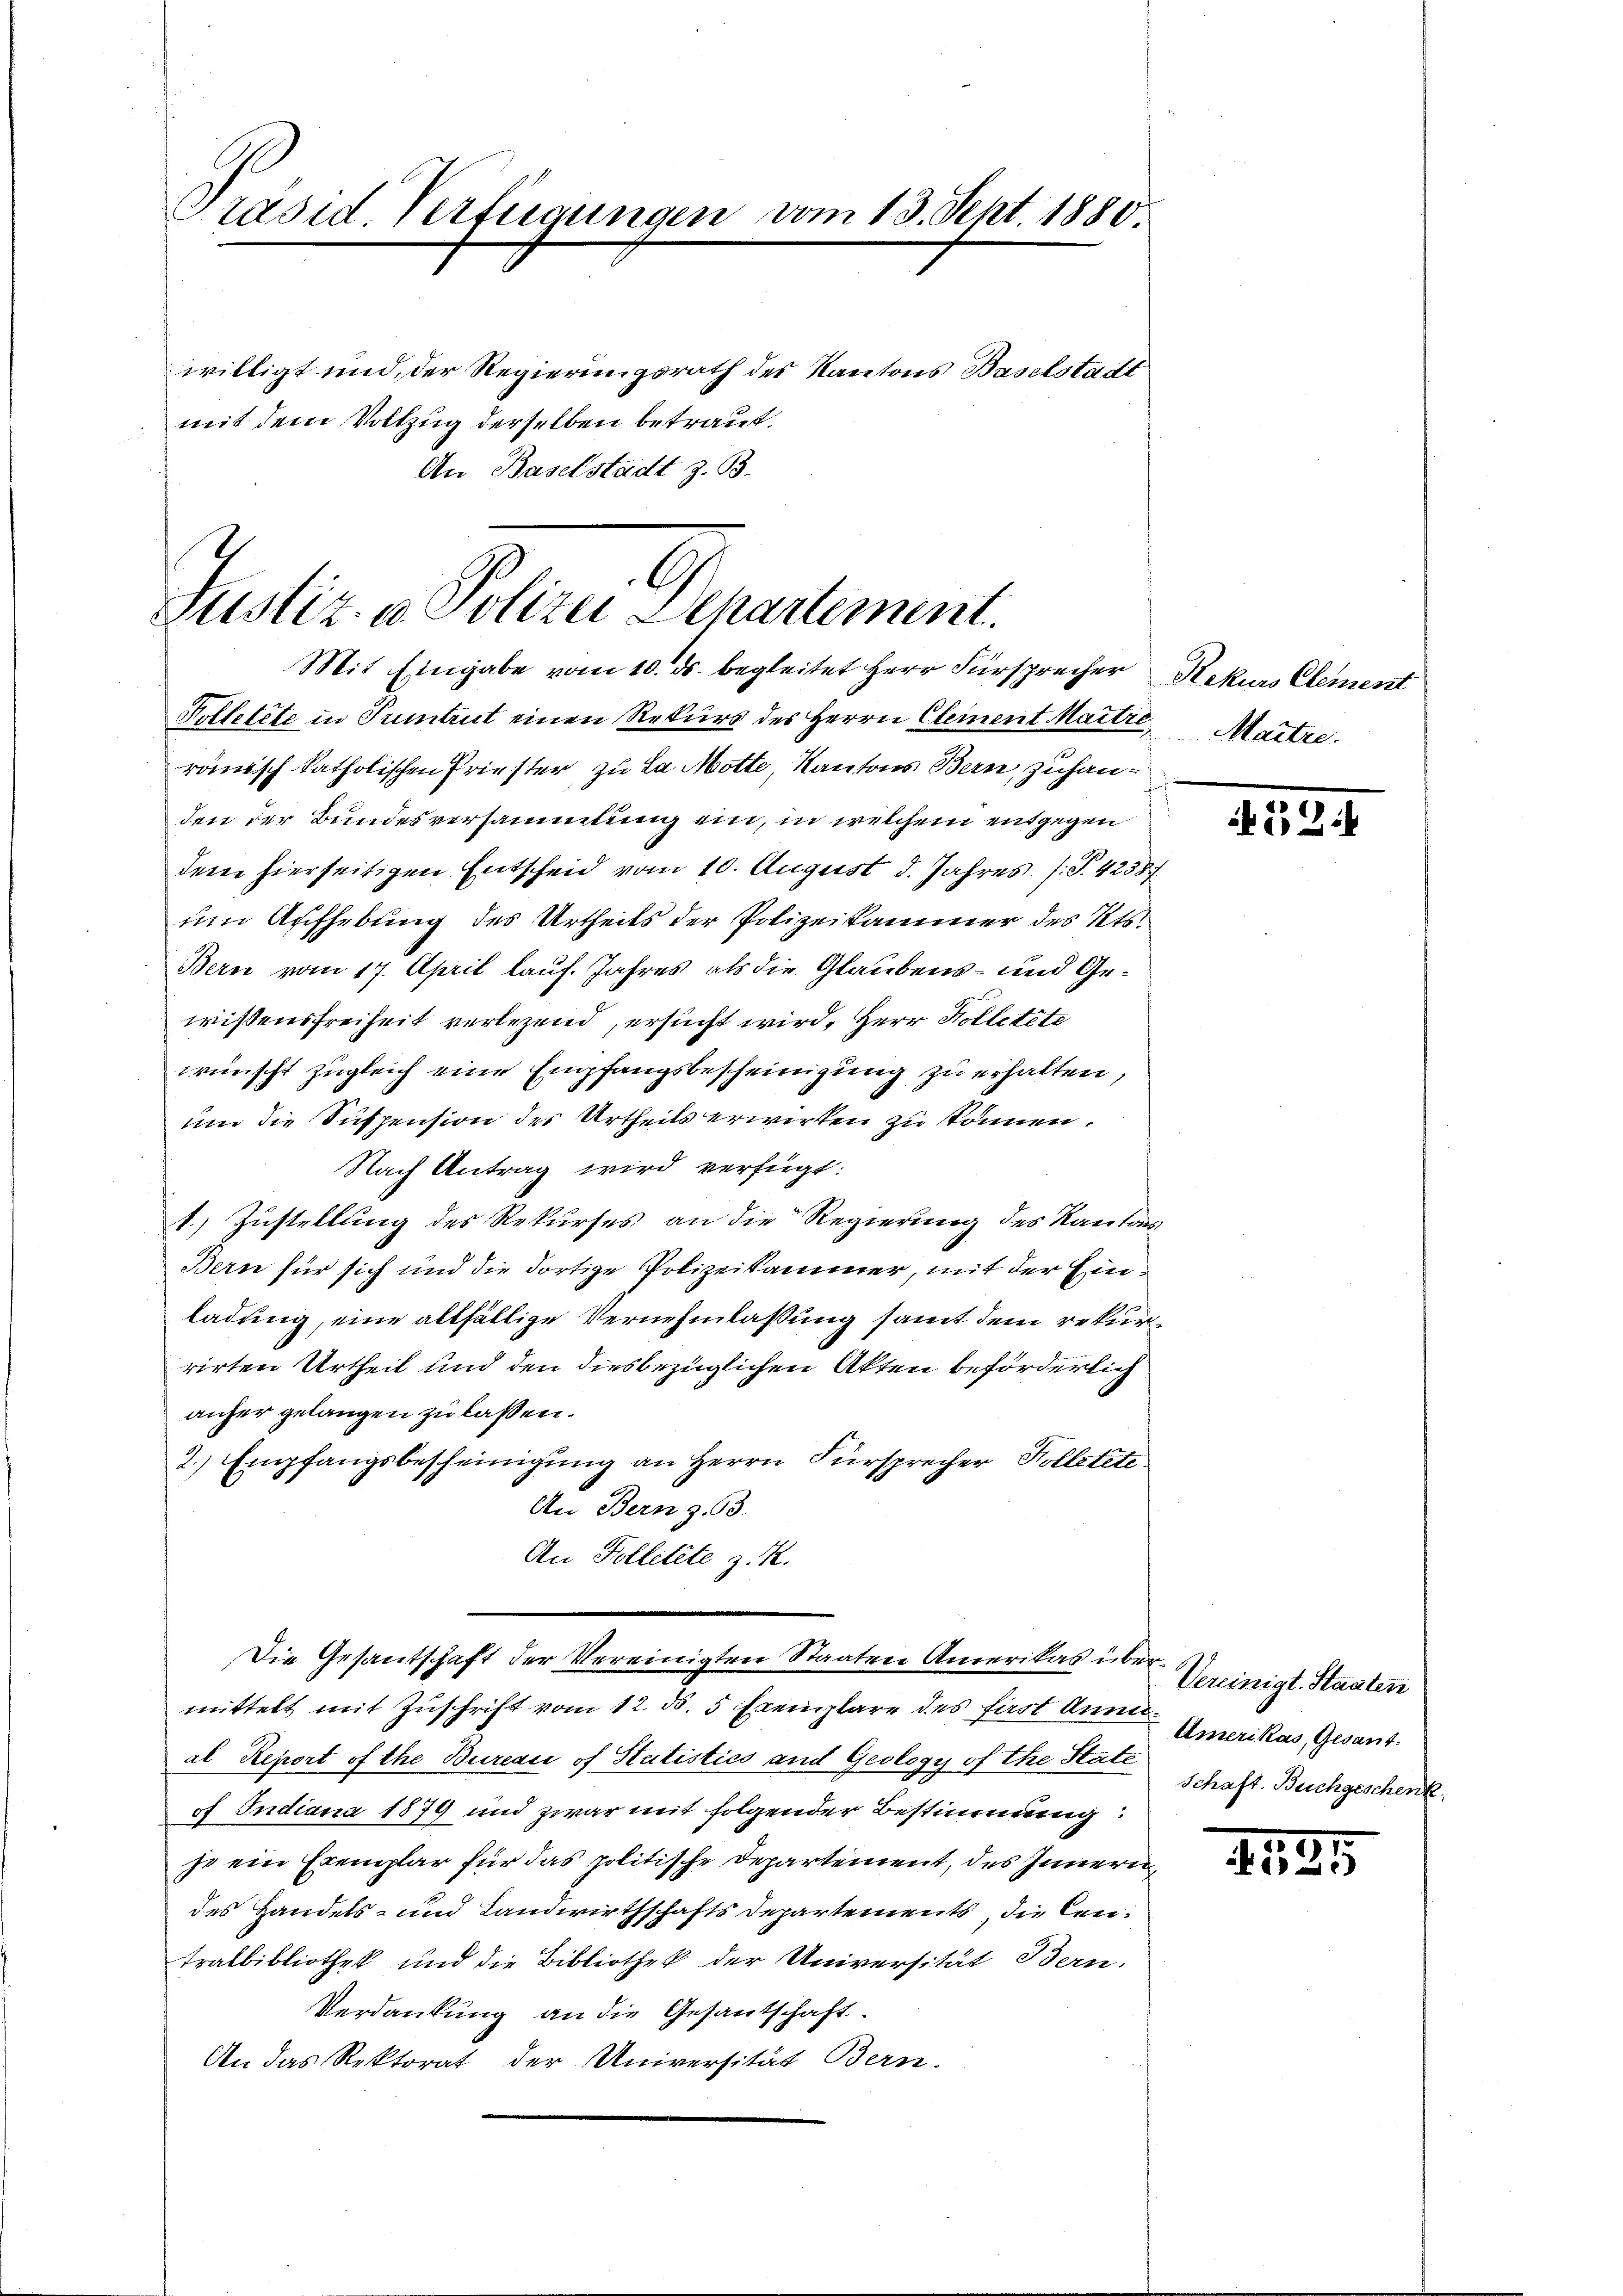
Präsid Verfügungen vom 13. Sept. 1880

G
Justiz- u. Polizei Departement.
Mit Eingabe vom 10. ds. begleitet Herr Fürsprecher

willigt und der Regierungsrath des Kantons Baselstadt
mit dem Vollzug derselben betraut.
An Baselstadt z. B.

Polletete in Truntrut einen Rekurs des Herrn Clement Maitre
römisch katholischen Priester zu la Motte, Kantons Bern, zuhanden der Bundesversammlung ein, in welchem entgegen
dem hierseitigen Entscheid vom 10. August d. Jahres. (T. 42387
um Aufhebung des Urtheils der Polizeikammer des Kts.
Bern vom 17. April lauf. Jahres als die Glaubens- und Gewissensfreiheit verlegend, ersucht wird, Herr Kolletete
wünscht zugleich eine Empfangsbescheinigung zu erhalten,
um die Suspension des Urtheils erwirken zu können.
Nach Antrag wird verfügt:
1.) Zustellung des Rekurses an die Regierung des Kantons
Bern für sich und die dortige Polizeikammer, mit der Einladung, eine allfällige Vernehmlassung samt dem rekurrirten Urtheil und den diesbezüglichen Akten beförderlich
anher gelangen zu lassen.
2.) Empfangsbescheinigung an Herrn Fürsprecher Kolletete
An Bern z. B.
An Kolletete z. R.
Die Gesantschaft der Vereinigten Staaten Amerikas übermittelt mit Zuschrift vom 12. ds. 5 Exemplare des first Annie
al Report of the Bureau of Statistics und Geology of the State
of Indiana 1879 und zwar mit folgender Bestimmung:
je ein Exemplar für das politische Departement, des Innern,
des Handels- und Landwirthschafts Departements, die Centralbibliothek und die Bibliothek der Universität Bern.
Verdankung an die Gesantschaft
An das Rektorat der Universität Bern.

Rekurs Clement
Maitre.

52.

Vereinigt. Staaten
Amerikas, Gesant.
Schaft. Buchgeschenk

2121